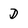
Character: D